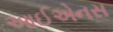
આઈએનસ